Leningradi_Edasi_toimetus, lk 24
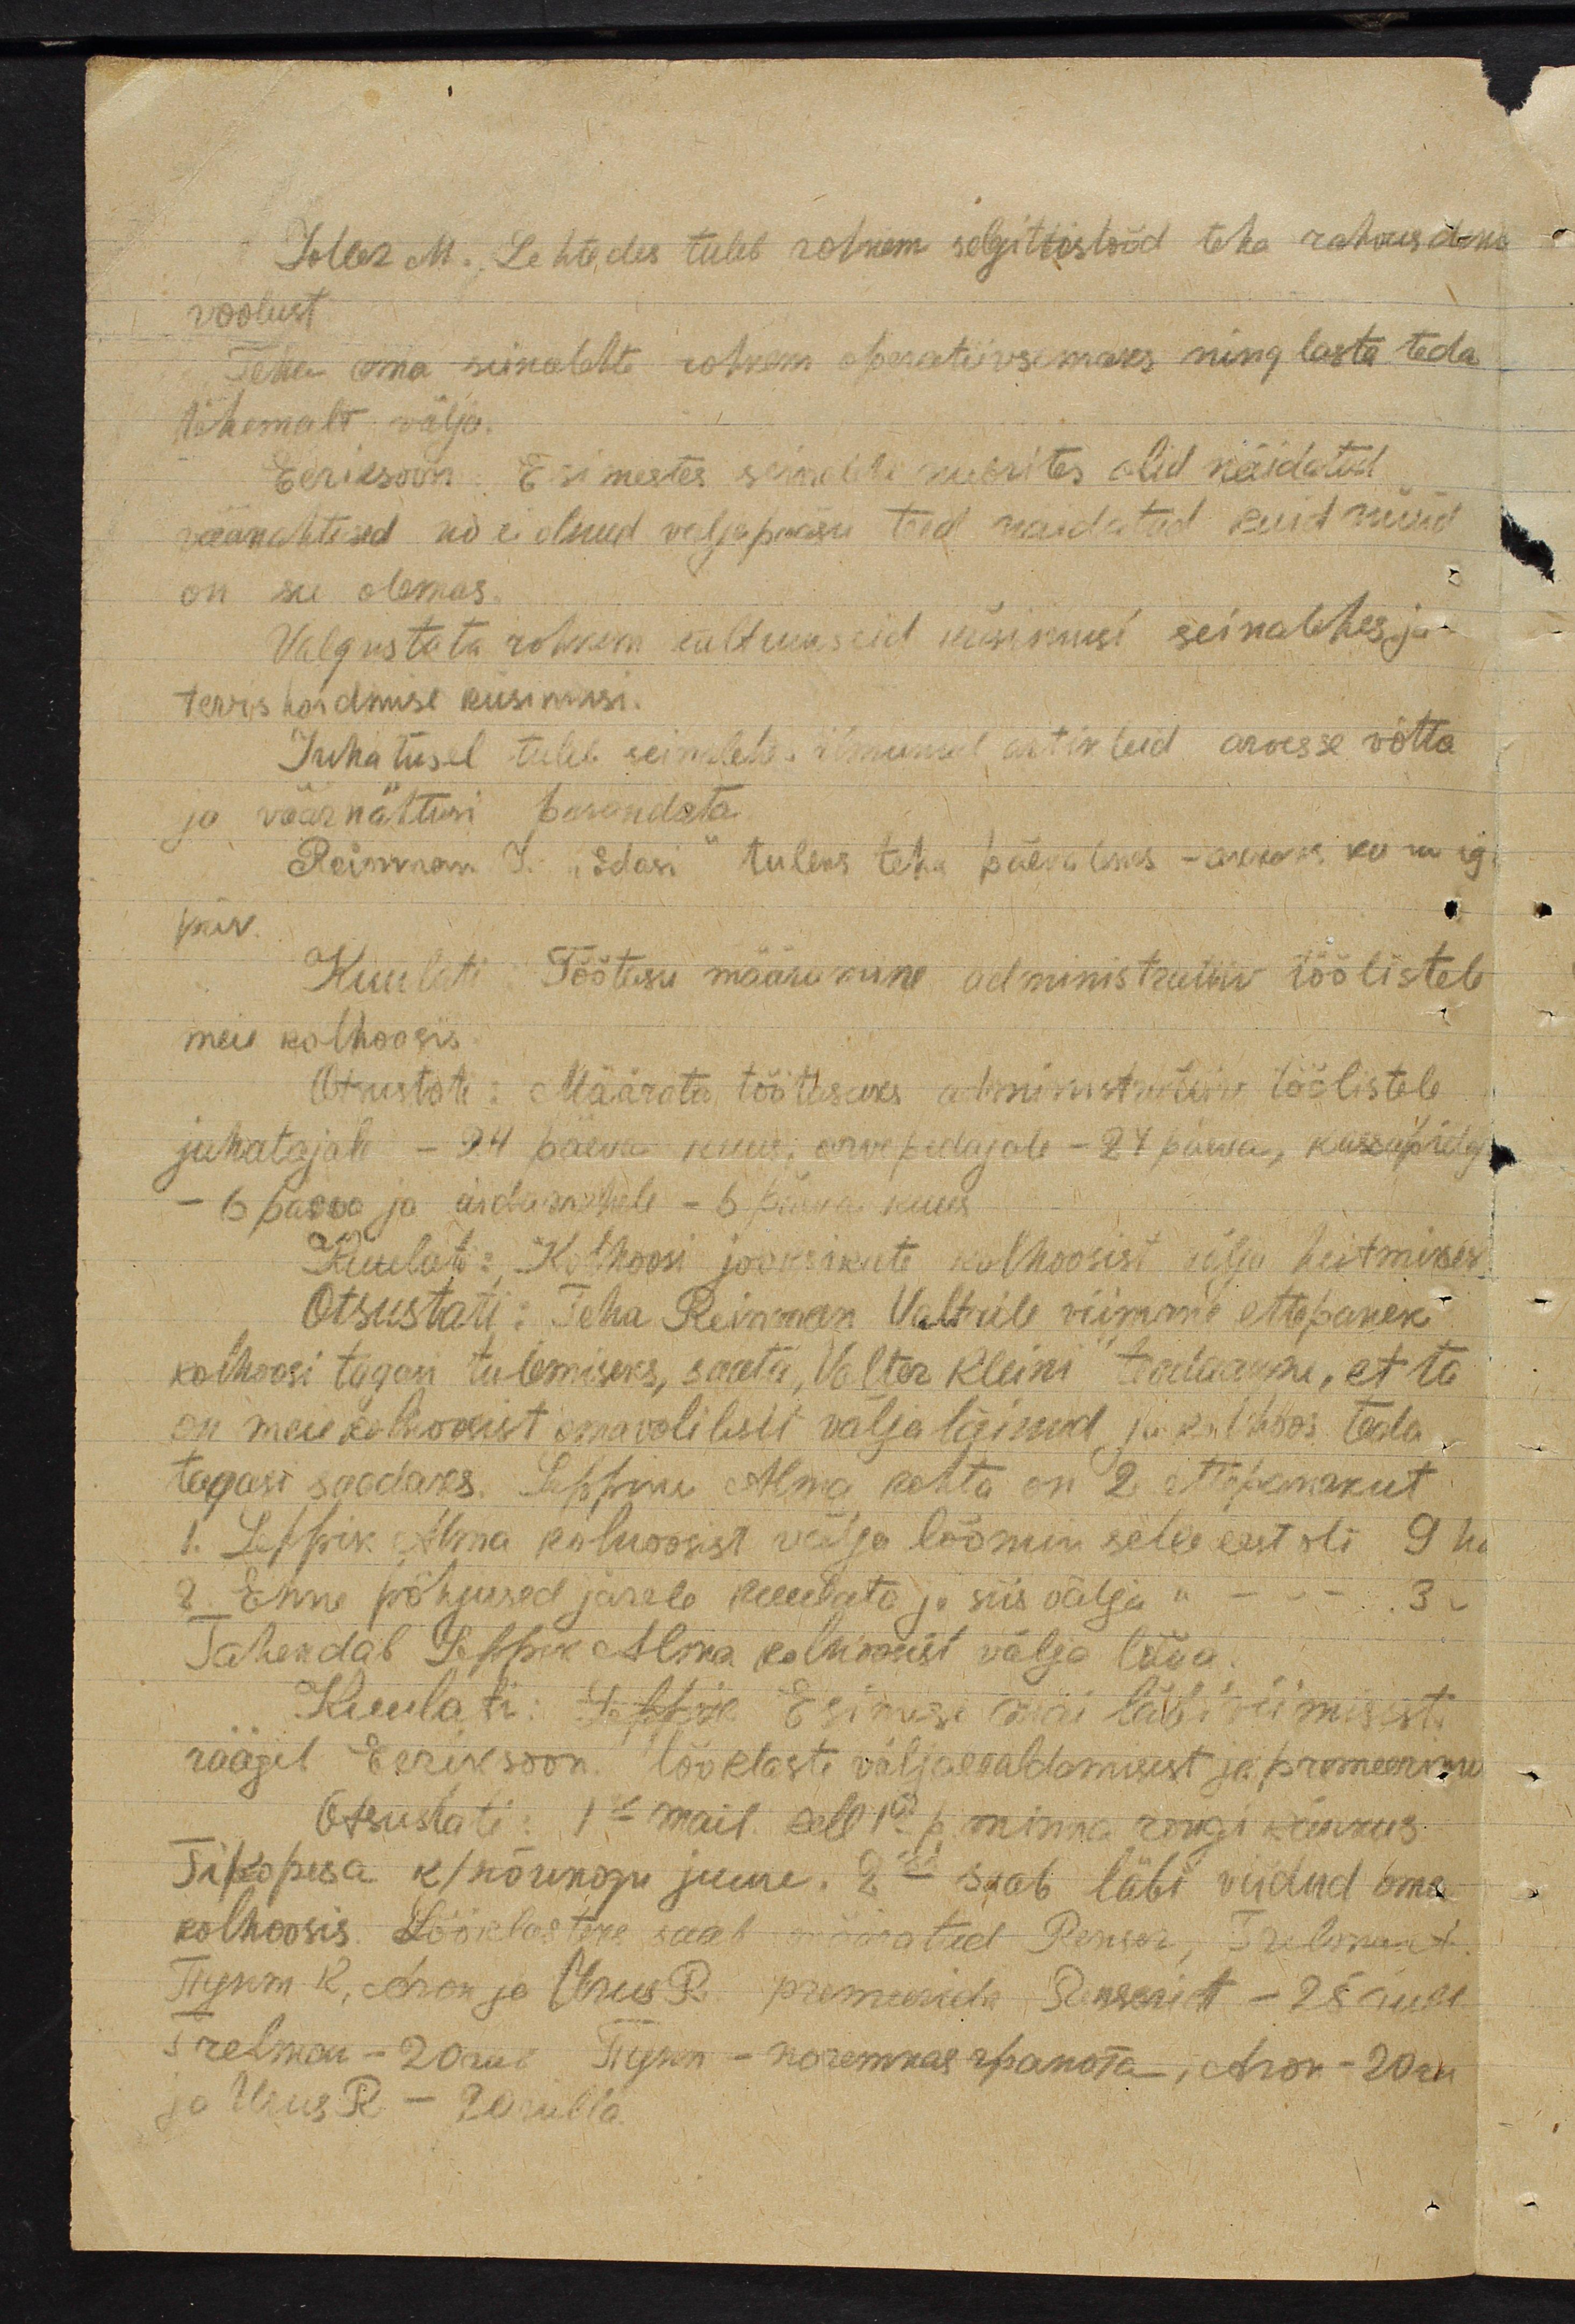
Joller M. Lehtedes tuleb rohkem selgitustööd teha rahvusdeks
voolust
Teha oma seinalehte rohkem operatiivsemaks ning lasta teda
tihemalt välja.
Eeriksoon. Esimestes seinalehe rubriikides olid näidatud,
võõrnähtused ka ei olnud väljapääsu teed näidatud kuid nüüd
on see olemas.
Valgustata rohkem kultuurseid küsimusi seinalehes ja
tervis hoidmise küsimusi.
Juhatusel tuleb seinalehel ilmunud artikleid arvesse võtta
ja võõrnähtusi parandata.
Reinman J. "Edasi" tuleks teha päevaliseks - antakse kuu iga
päev
Kuulati Töötasu määramise administratiiv töölistele
meie kolhoosis.
Otsustati: Määrata töötasuks administratiiv töölistele
juhatajale - 24 päeva kuus, arvepidajate - 24 päeva, kassapidaj
- 6 päeva ja aidamehele - 6 päeva kuus
Kuulati: Kolhoosi jooksikute kolhoosist välja heitmisi
Otsustati: Teha Reinman Valtrile viimne ettepanek
kolhoosi tagasi tulemiseks, saata Valter Kleini teadaanne, et ta
on meie kolhoosist omavolilist välja läinud ja kolhoos teda
tagasi saadaks. Leppiku Alma kohta on 2 ettepanekut
1. Leppik Alma kolhoosist välja löömin selle eest oli 9 ha
2. Enne põhjused järele kuulata ja siis välja " - - - 3 "
Tähendab Leppik Alma kolhoosist välja lüüa
Kuulati: Leppik Esimese mai läbiviimist
räägib Eriksoon lööklaste väljaeraldamisest ja premeerime
Otsustati: 1s mail kell 1 p. minna rongi kinnus
Sikopesa k/nõukogu juure. 2se saab läbi viidud oma
kolhoosis. Lööklastuse saab määratud Renson, Irelimust
Tesnm.R, Aron ja Urus R. premeerida pensionit - 28 rubl.
Trelman - 20rub. Tesnm - koremaas apakota, Aron-20 ru.
ja Urus R - 20 rubla